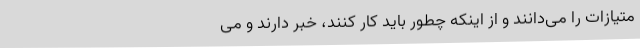
متیازات را می‌دانند و از اینکه چطور باید کار کنند، خبر دارند و می